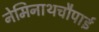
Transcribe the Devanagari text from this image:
नेमिनाथचौपाई